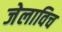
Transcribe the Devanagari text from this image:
जेलाविच